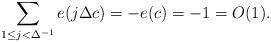
LaTeX: \begin{align*}\sum_{1\le j< \Delta^{-1}}e(j\Delta c)=-e(c)=-1=O(1).\end{align*}